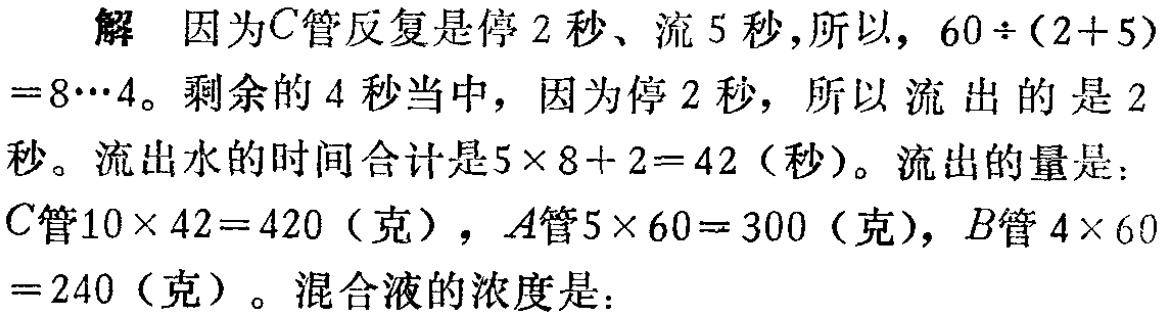
解 因为\(C\)管反复是停\(2\)秒、流\(5\)秒，所以，\(60\div(2 + 5)=8\cdots4\)。剩余的\(4\)秒当中，因为停\(2\)秒，所以流出的是\(2\)秒。流出水的时间合计是\(5\times 8 + 2 = 42\)（秒）。流出的量是：\(C\)管\(10\times 42 = 420\)（克），\(A\)管\(5\times 60 = 300\)（克），\(B\)管\(4\times 60=240\)（克）。混合液的浓度是：